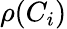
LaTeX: \rho(C_{i})